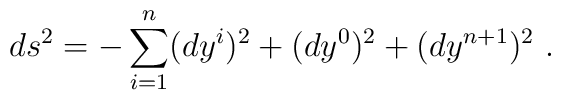
ds^2=-\sum_{i=1}^n(dy^i)^2+(dy^0)^2+(dy^{n+1})^2~.